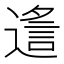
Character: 䢣